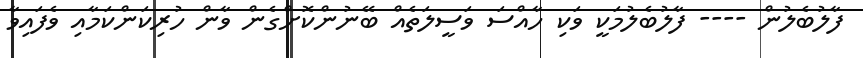
ފާލުބެލުން ---- ފާލުބެލުމަކީ ވަކި ހާއްސަ ވަސީލަތެއް ބޭނުންކޮށްގެން ވާން ހުރިކަންކަމާއި ވެފައިވާ